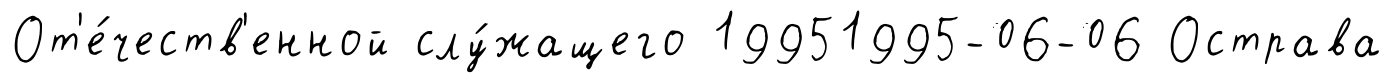
От'е́честв'енной слу́жащего 19951995-06-06 Острава